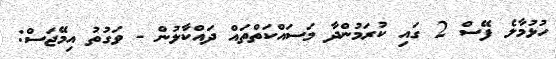
ހުޅުމާލެ ފޭސް 2 ގައި ކުރަމުންދާ މަސައްކަތްތައް ދައްކާލުން - ވަގުތު އިމޭޖަސް: